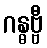
ဂန္ဓဗ္ဗီ